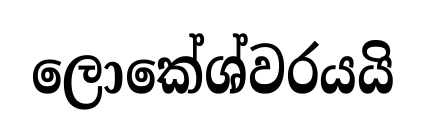
ලොකේශ්වරයයි